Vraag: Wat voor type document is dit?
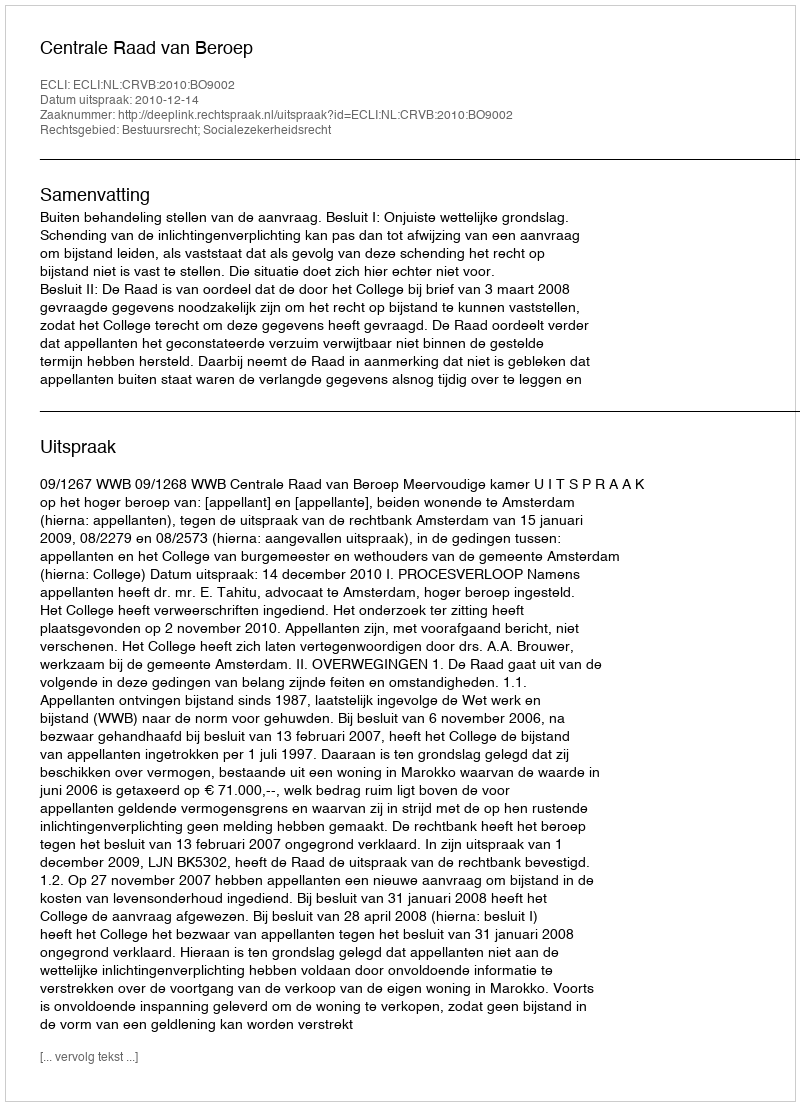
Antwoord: Uitspraak